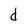
Character: d